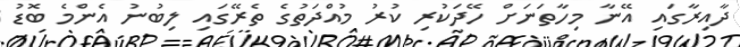
ދާއިރާގައި އޭނާ މިހާތަނަށް ހޭދަކުރި ކުރު މުއްދަތުގެ ތެރޭގައި ލިބުނު އެންމެ ބޮޑު